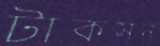
টাকসন